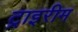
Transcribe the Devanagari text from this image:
ट्राइरीम